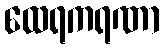
ထေရကရဏာ